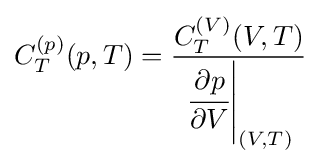
C_{T}^{(p)}(p,T)={\frac {C_{T}^{(V)}(V,T)}{\left.{\cfrac {\partial p}{\partial V}}\right|_{(V,T)}}}